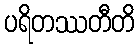
ပရိတဿတီတိ